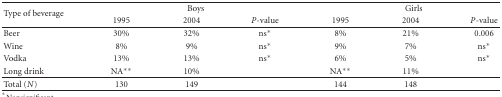
<table><thead><tr><td rowspan="2"><b>Type of beverage</b></td><td colspan="3"><b>Boys</b></td><td colspan="3"><b>Girls</b></td></tr><tr><td><b>1995</b></td><td><b>2004</b></td><td><b><i>P</i>-value</b></td><td><b>1995</b></td><td><b>2004</b></td><td><b><i>P</i>-value</b></td></tr></thead><tbody><tr><td>Beer</td><td>30%</td><td>32%</td><td>ns<sup>∗</sup></td><td>8%</td><td> 21% </td><td>0.006</td></tr><tr><td>Wine</td><td>8%</td><td>9%</td><td>ns<sup>∗</sup></td><td>9%</td><td> 7% </td><td>ns<sup>∗</sup></td></tr><tr><td>Vodka</td><td>13%</td><td> 13%</td><td>ns<sup>∗</sup></td><td>6%</td><td> 5% </td><td>ns<sup>∗</sup></td></tr><tr><td>Long drink</td><td>NA<sup>∗∗</sup></td><td>10%</td><td> </td><td>NA<sup>∗∗</sup></td><td> 11% </td><td> </td></tr><tr><td>Total (<i>N</i>)</td><td>130</td><td>149</td><td> </td><td>144</td><td> 148</td><td> </td></tr></tbody></table>